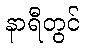
နာရီတွင်